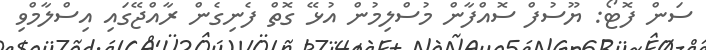
ސަން ފޮޓޯ: ޔޫސުފް ސޮއްފާން މުސްލިމުން އުޅޭ ގޮތް ފެނިގެން ރާއްޖޭގައި އިސްލާމްވި